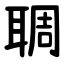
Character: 䎻